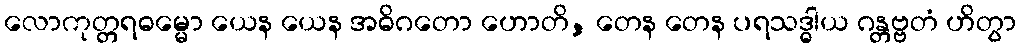
လောကုတ္တရဓမ္မော ယေန ယေန အဓိဂတော ဟောတိ, တေန တေန ပရသဒ္ဓါယ ဂန္တဗ္ဗတံ ဟိတွာ